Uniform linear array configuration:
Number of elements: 32
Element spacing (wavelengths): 0.75
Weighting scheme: hann
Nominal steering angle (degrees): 60
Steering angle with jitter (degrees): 59.11
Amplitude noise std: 0.05
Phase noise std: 0.05

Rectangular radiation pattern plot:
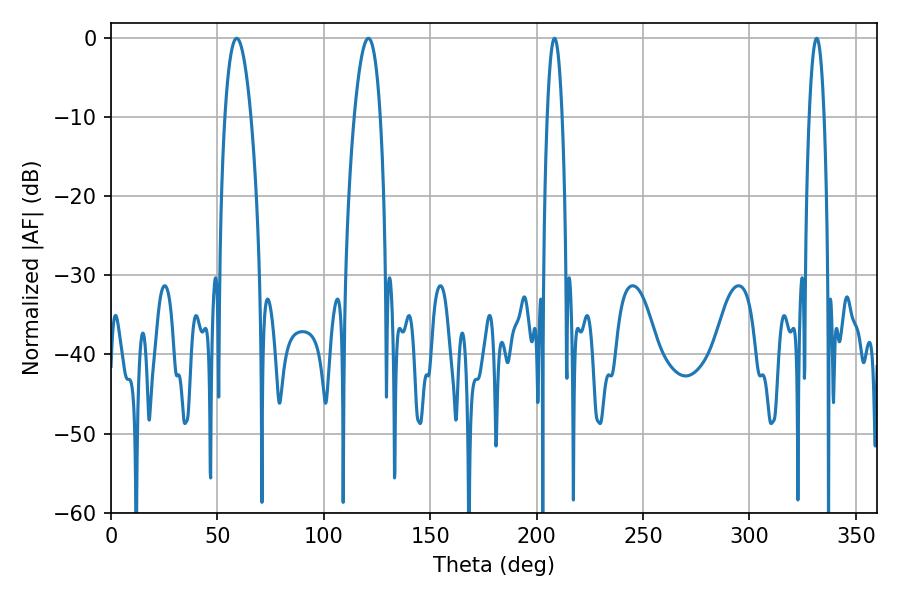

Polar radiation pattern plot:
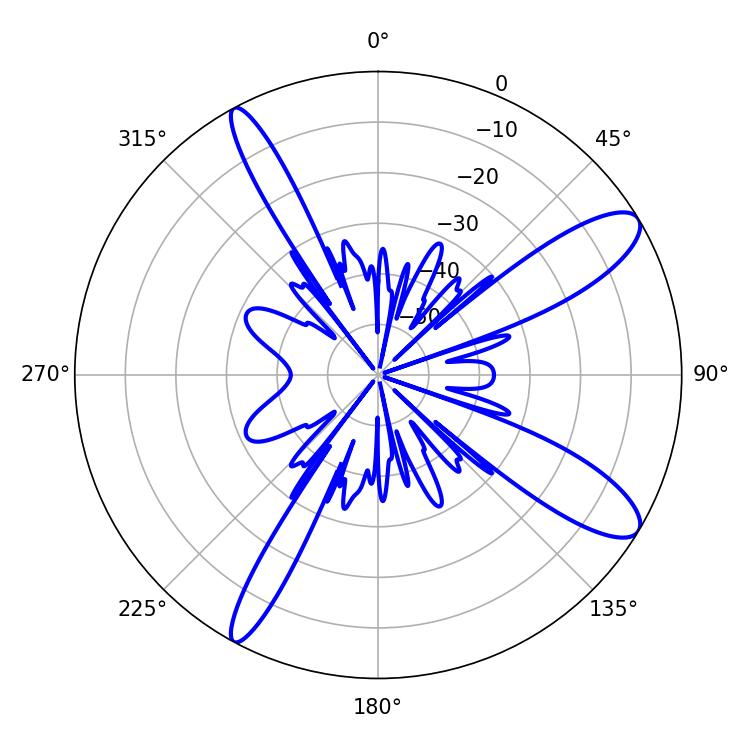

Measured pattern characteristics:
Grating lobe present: TRUE
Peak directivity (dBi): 11.299
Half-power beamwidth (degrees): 6.84
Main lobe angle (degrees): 59.04